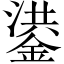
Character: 鍙